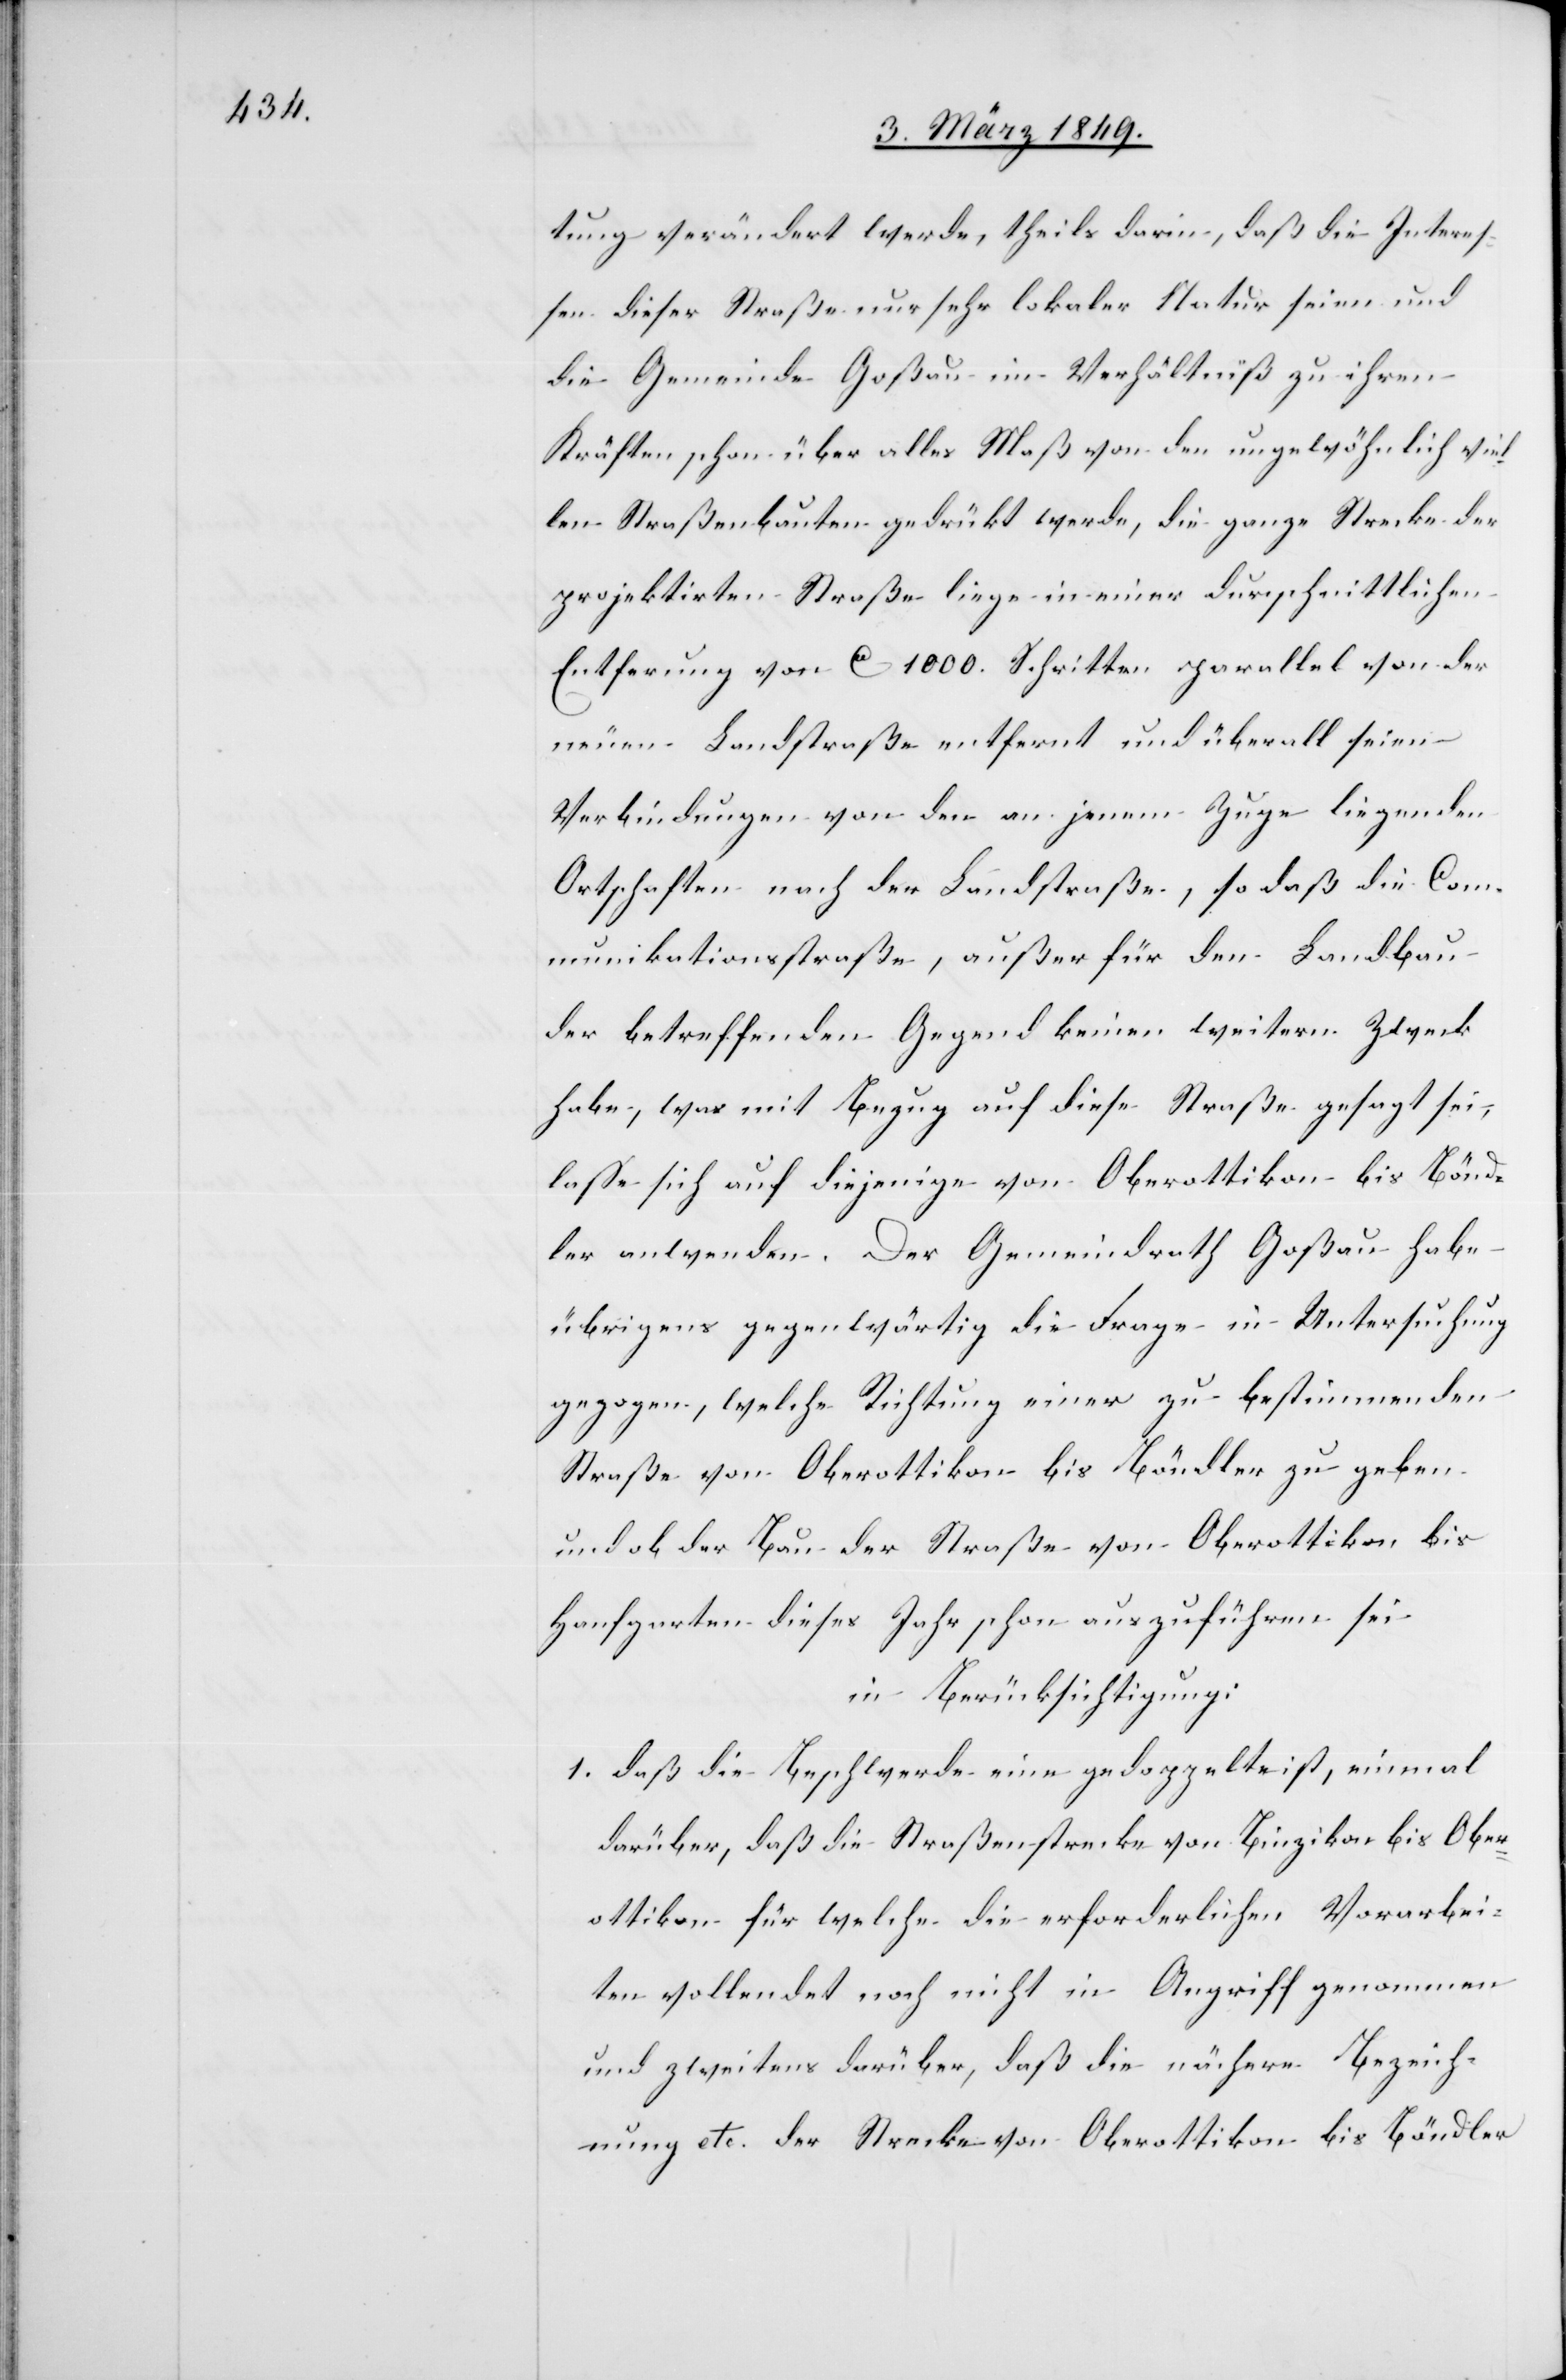
tung verändert werde, theils darin, daß die Interes¬
sen dieser Straße nur sehr lokaler Natur seien und
die Gemeinde Goßau im Verhältniß zu ihren
Kräften schon über alles Maß von den ungewöhnlich vie¬
len Straßenbauten gedrükt werde, die ganze Strecke der
projektirten Straße liege in einer durchschnittlichen
Entfernung von ca. 1000. Schritten parallel von der
neuen Landstraße entfernt und überall seien
Verbindungen von den an jenem Zuge liegenden
Ortschaften nach der Landstraße, so daß die Com¬
munikationsstraße, außer für den Landbau
der betreffenden Gegend keinen weitern Zweck
habe, was mit Bezug auf diese Straße gesagt sei,
lasse sich auf diejenige von Oberottikon bis Bönd¬
ler anwenden. Der Gemeindrath Goßau habe
übrigens gegenwärtig die Frage in Untersuchung
gezogen, welche Richtung einer zu bestimmenden
Straße von Oberottikon bis Böndler zu geben
und ob der Bau der Straße von Oberottikon bis
Hanfgarten dieses Jahr schon auszuführen sei
in Berücksichtigung:
1. daß die Beschwerde eine gedoppelte ist, einmal
darüber, daß die Straßenstrecke von Binzikon bis Ober¬
ottikon für welche die erforderlichen Vorarbei¬
ten vollendet noch nicht in Angriff genommen
und zweitens darüber, daß die nähere Bezeich¬
nung etc. der Strecke von Oberottikon bis Böndler